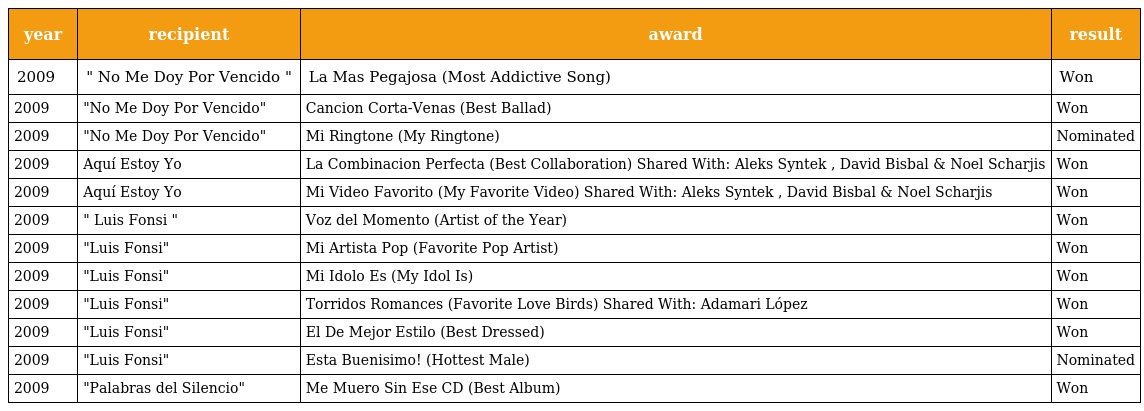
| year | recipient | award | result |
 | --- | --- | --- | --- |
 | 2009 | " No Me Doy Por Vencido " | La Mas Pegajosa (Most Addictive Song) | Won |
 | 2009 | "No Me Doy Por Vencido" | Cancion Corta-Venas (Best Ballad) | Won |
 | 2009 | "No Me Doy Por Vencido" | Mi Ringtone (My Ringtone) | Nominated |
 | 2009 | Aquí Estoy Yo | La Combinacion Perfecta (Best Collaboration) Shared With: Aleks Syntek , David Bisbal & Noel Scharjis | Won |
 | 2009 | Aquí Estoy Yo | Mi Video Favorito (My Favorite Video) Shared With: Aleks Syntek , David Bisbal & Noel Scharjis | Won |
 | 2009 | " Luis Fonsi " | Voz del Momento (Artist of the Year) | Won |
 | 2009 | "Luis Fonsi" | Mi Artista Pop (Favorite Pop Artist) | Won |
 | 2009 | "Luis Fonsi" | Mi Idolo Es (My Idol Is) | Won |
 | 2009 | "Luis Fonsi" | Torridos Romances (Favorite Love Birds) Shared With: Adamari López | Won |
 | 2009 | "Luis Fonsi" | El De Mejor Estilo (Best Dressed) | Won |
 | 2009 | "Luis Fonsi" | Esta Buenisimo! (Hottest Male) | Nominated |
 | 2009 | "Palabras del Silencio" | Me Muero Sin Ese CD (Best Album) | Won |